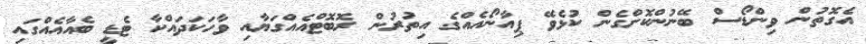
އެގޮތުން ވިންޑޯސް ބޭނުންކޮށްގެން ކުޅެވޭ ޕިއާނޯއެއްގެ އިތުރުން ރޮބޮޓްއެއްގަޔާއި ވާހަކަދައްކާ ޓެޑީ ބެއާއެއްގައި